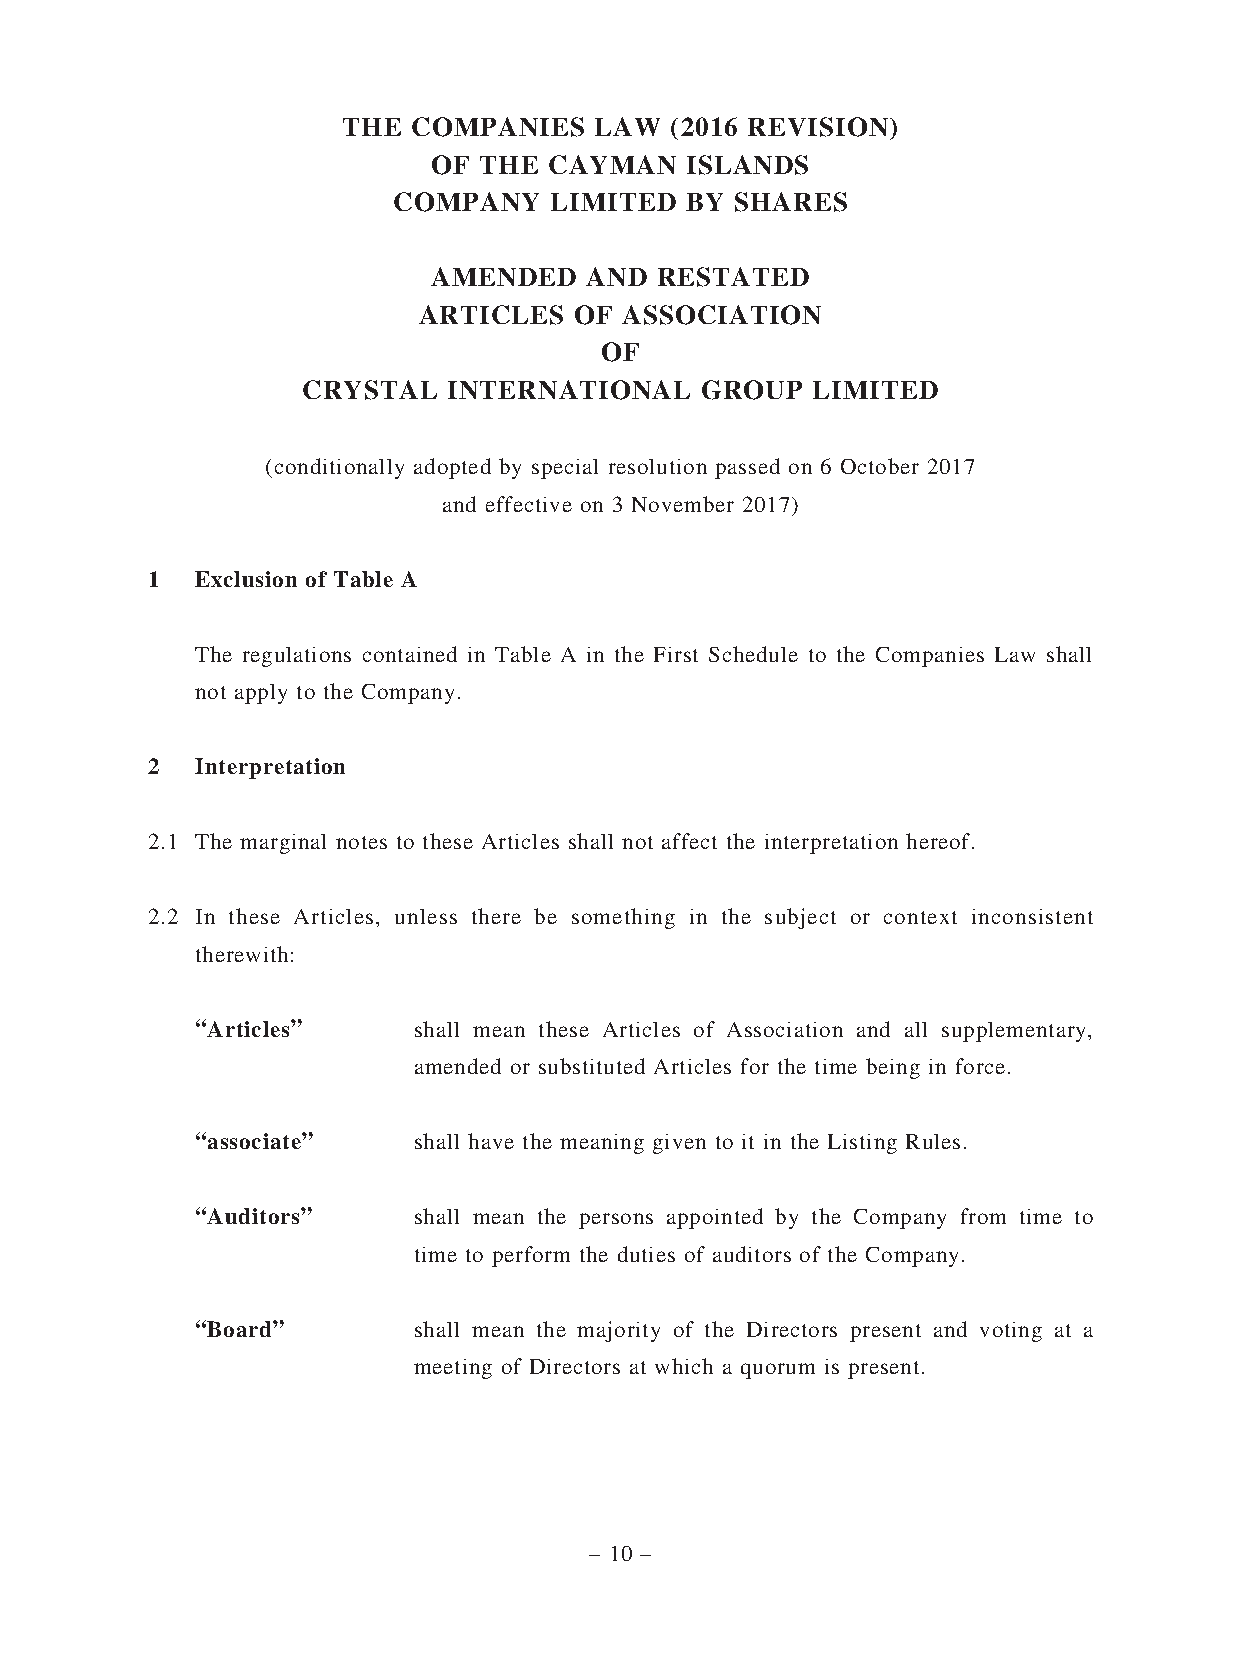
THE COMPANIES   LAW  (2016 REVISION)
 OF THE CAYMAN   ISLANDS
 COMPANY   LIMITED  BY  SHARES
 AMENDED   AND RESTATED
 ARTICLES  OF ASSOCIATION
 OF
 CRYSTAL   INTERNATIONAL   GROUP   LIMITED
 (conditionally adopted by special resolution passed on 6 October 2017
 and effective on 3 November 2017)
 1  Exclusion of Table A
 The regulations contained in Table A in the First Schedule to the Companies Law shall
 not apply to the Company.
 2  Interpretation
 2.1 The marginal notes to these Articles shall not affect the interpretation hereof.
 2.2 In these Articles, unless there be something in the subject or context inconsistent
 therewith:
 “Articles”    shall mean these Articles of Association and all supplementary,
 amended or substituted Articles for the time being in force.
 “associate”   shall have the meaning given to it in the Listing Rules.
 “Auditors”    shall mean the persons appointed by the Company from time to
 time to perform the duties of auditors of the Company.
 “Board”       shall mean the majority of the Directors present and voting at a
 meeting of Directors at which a quorum is present.
 – 10 –